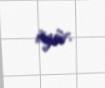
üzür.